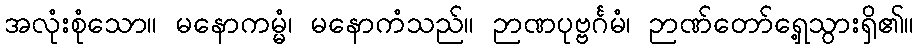
အလုံးစုံသော။ မနောကမ္မံ၊ မနောကံသည်။ ဉာဏပုဗ္ဗင်္ဂမံ၊ ဉာဏ်တော်ရှေ့သွားရှိ၏။